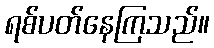
ရစ်ပတ်နေကြသည်။